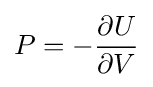
P=-{\frac {\partial U}{\partial V}}